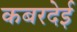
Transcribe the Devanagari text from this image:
कबरदेई